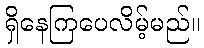
ရှိနေကြပေလိမ့်မည်။